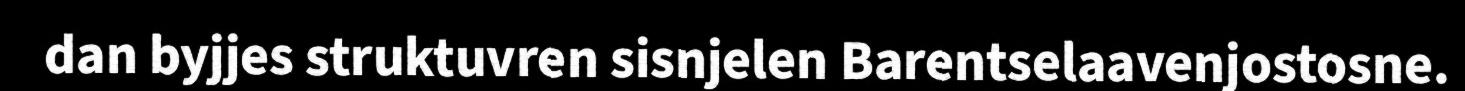
dan byjjes struktuvren sisnjelen Barentselaavenjostosne.